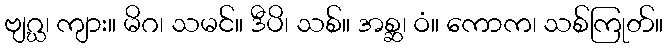
ဗျဂ္ဃ၊ ကျား။ မိဂ၊ သမင်။ ဒီပိ၊ သစ်။ အစ္ဆ၊ ဝံ။ ကောက၊ သစ်ကြုတ်။